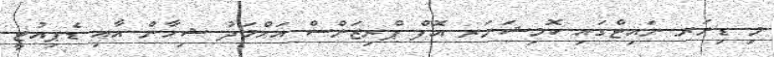
މި ޑިނަރ ނައިޓްގައި ކޮމިޝަނަރ އޮފް ޕްރިޒަންސް އަޙްމަދު ޝިހާން އާއި ޑެޕިއުޓީ